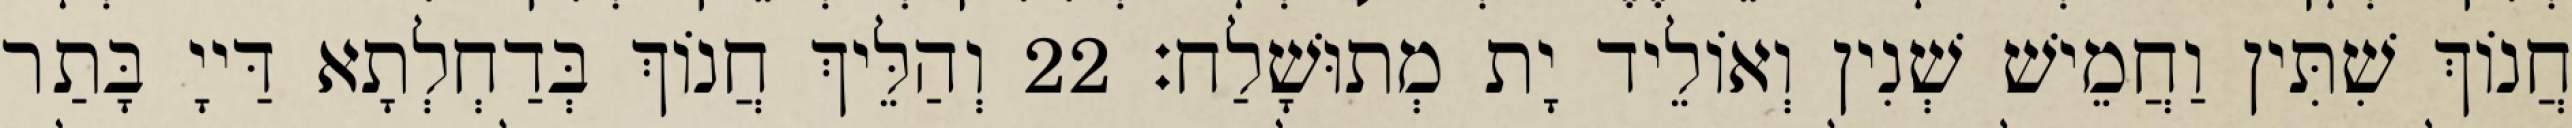
חֲנוֹךְ שִׁתִּין וַחֲמֵישׁ שְׁנִין וְאוֹלֵיד יָת מְתוּשָׁלַח׃ 22 וְהַלֵּיךְ חֲנוֹךְ בְּדַחְלְתָא דַּייָ בָּתַר